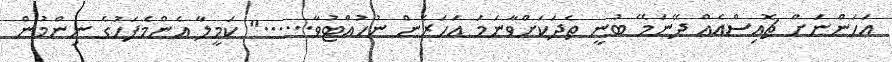
އަހަންނަށް ޗޮއިސްއެއް ދޭނަމޭ ބުނީ ތެދަކަށްވާނަމަ އަހަރެން ނުހުއްޓުވާ......" ކަމީލާ އެންމެފަހުގެ ނިންމުން